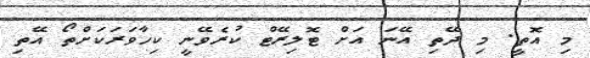
މި އޮތީ. މި ދޭތި އޭނަ އަށް ޓޮލިރޭޓް ކުރެވޭނީ ކިހާވަރަކަށްތޯ އޭތި